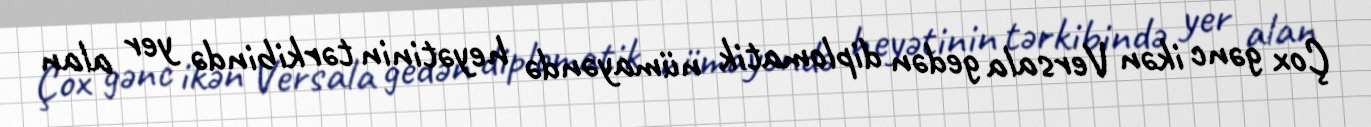
Çox gənc ikən Versala gedən diplomatik nümayəndə heyətinin tərkibində yer alan